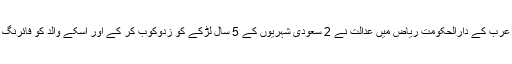
02 مئی2018ء) گزشتہ روز سعودی عرب کے دارالحکومت ریاض میں عدالت نے 2 سعودی شہریوں کے 5 سال لڑکے کو زدوکوب کر کے اور اسکے والد کو فائرنگ کرکے قتل کرنے پر سر قلم کر دئیے ۔